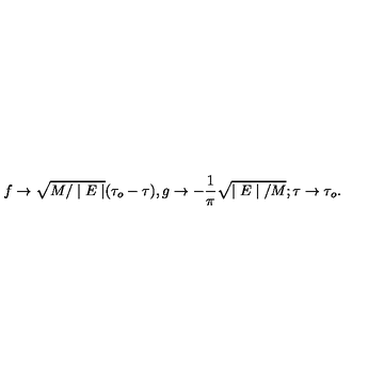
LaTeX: f \rightarrow \sqrt { M / \mid E \mid } ( \tau _ { o } - \tau ) , g \rightarrow - \frac { 1 } { \pi } \sqrt { \mid E \mid / M } ; \tau \rightarrow \tau _ { o } .